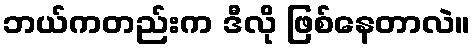
ဘယ်ကတည်းက ဒီလို ဖြစ်နေတာလဲ။